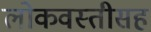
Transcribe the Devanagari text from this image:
लोकवस्तीसह